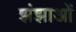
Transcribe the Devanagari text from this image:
झंझाओं